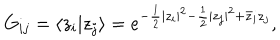
LaTeX: G _ { i j } = \langle z _ { i } | z _ { j } \rangle = e ^ { - \frac 1 2 | z _ { i } | ^ { 2 } - \frac 1 2 | z _ { j } | ^ { 2 } + \bar { z } _ { i } z _ { j } } ,